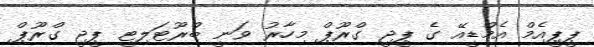
ޕީޕީއެމް އެމްޑީއޭ ގެ ޕީޖީ ގްރޫޕް މިހާރު ވަނީ ބްރޫޓަލިޓީ ޕީޖީ ގްރޫޕް